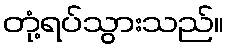
တုံ့ရပ်သွားသည်။